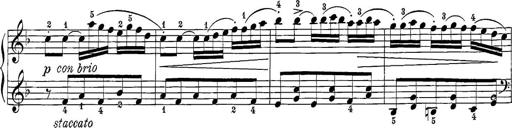
Title: 12 Sonatine per Pianoforte
Composer: Friedrich Kuhlau